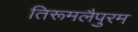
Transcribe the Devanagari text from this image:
तिरूमलैपुरम